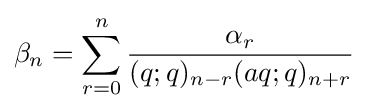
\beta _{n}=\sum _{r=0}^{n}{\frac {\alpha _{r}}{(q;q)_{n-r}(aq;q)_{n+r}}}